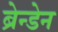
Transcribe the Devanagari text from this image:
ब्रेन्डेन